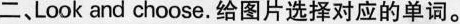
二,Look and choose.给图片选择对应的单词.